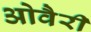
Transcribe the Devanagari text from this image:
ओवैरी